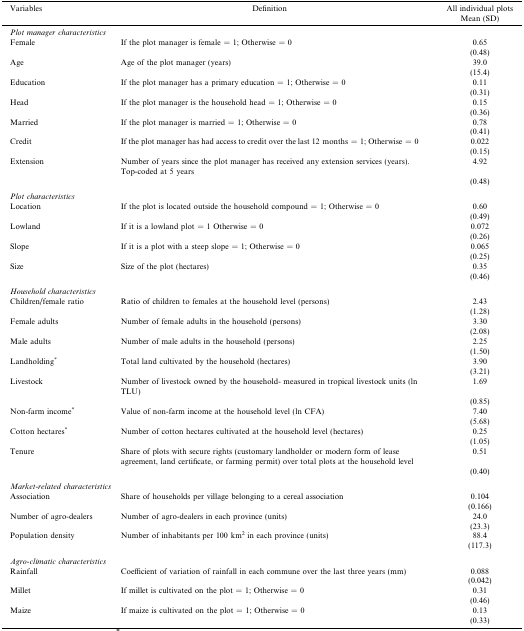
<table><thead><tr><td rowspan="2"><b>Variables</b></td><td rowspan="2"><b>Definition</b></td><td><b>All individual plots</b></td></tr><tr><td><b>Mean (SD)</b></td></tr></thead><tbody><tr><td colspan="3"><i>Plot manager characteristics</i></td></tr><tr><td>Female</td><td>If the plot manager is female = 1; Otherwise = 0</td><td>0.65</td></tr><tr><td></td><td></td><td>(0.48)</td></tr><tr><td>Age</td><td>Age of the plot manager (years)</td><td>39.0</td></tr><tr><td></td><td></td><td>(15.4)</td></tr><tr><td>Education</td><td>If the plot manager has a primary education = 1; Otherwise = 0</td><td>0.11</td></tr><tr><td></td><td></td><td>(0.31)</td></tr><tr><td>Head</td><td>If the plot manager is the household head = 1; Otherwise = 0</td><td>0.15</td></tr><tr><td></td><td></td><td>(0.36)</td></tr><tr><td>Married</td><td>If the plot manager is married = 1; Otherwise = 0</td><td>0.78</td></tr><tr><td></td><td></td><td>(0.41)</td></tr><tr><td>Credit</td><td>If the plot manager has had access to credit over the last 12 months = 1; Otherwise = 0</td><td>0.022</td></tr><tr><td></td><td></td><td>(0.15)</td></tr><tr><td>Extension</td><td>Number of years since the plot manager has received any extension services (years). Top-coded at 5 years</td><td>4.92</td></tr><tr><td></td><td></td><td>(0.48)</td></tr><tr><td colspan="3">  </td></tr><tr><td colspan="3"><i>Plot characteristics</i></td></tr><tr><td>Location</td><td>If the plot is located outside the household compound = 1; Otherwise = 0</td><td>0.60</td></tr><tr><td></td><td></td><td>(0.49)</td></tr><tr><td>Lowland</td><td>If it is a lowland plot = 1 Otherwise = 0</td><td>0.072</td></tr><tr><td></td><td></td><td>(0.26)</td></tr><tr><td>Slope</td><td>If it is a plot with a steep slope = 1; Otherwise = 0</td><td>0.065</td></tr><tr><td></td><td></td><td>(0.25)</td></tr><tr><td>Size</td><td>Size of the plot (hectares)</td><td>0.35</td></tr><tr><td></td><td></td><td>(0.46)</td></tr><tr><td colspan="3">  </td></tr><tr><td colspan="3"><i>Household characteristics</i></td></tr><tr><td>Children/female ratio</td><td>Ratio of children to females at the household level (persons)</td><td>2.43</td></tr><tr><td></td><td></td><td>(1.28)</td></tr><tr><td>Female adults</td><td>Number of female adults in the household (persons)</td><td>3.30</td></tr><tr><td></td><td></td><td>(2.08)</td></tr><tr><td>Male adults</td><td>Number of male adults in the household (persons)</td><td>2.25</td></tr><tr><td></td><td></td><td>(1.50)</td></tr><tr><td>Landholding<sup>∗</sup></td><td>Total land cultivated by the household (hectares)</td><td>3.90</td></tr><tr><td></td><td></td><td>(3.21)</td></tr><tr><td>Livestock</td><td>Number of livestock owned by the household- measured in tropical livestock units (ln TLU)</td><td>1.69</td></tr><tr><td></td><td></td><td>(0.85)</td></tr><tr><td>Non-farm income<sup>∗</sup></td><td>Value of non-farm income at the household level (ln CFA)</td><td>7.40</td></tr><tr><td></td><td></td><td>(5.68)</td></tr><tr><td>Cotton hectares<sup>∗</sup></td><td>Number of cotton hectares cultivated at the household level (hectares)</td><td>0.25</td></tr><tr><td></td><td></td><td>(1.05)</td></tr><tr><td>Tenure</td><td>Share of plots with secure rights (customary landholder or modern form of lease agreement, land certificate, or farming permit) over total plots at the household level</td><td>0.51</td></tr><tr><td></td><td></td><td>(0.40)</td></tr><tr><td colspan="3">  </td></tr><tr><td colspan="3"><i>Market-related characteristics</i></td></tr><tr><td>Association</td><td>Share of households per village belonging to a cereal association</td><td>0.104</td></tr><tr><td></td><td></td><td>(0.166)</td></tr><tr><td>Number of agro-dealers</td><td>Number of agro-dealers in each province (units)</td><td>24.0</td></tr><tr><td></td><td></td><td>(23.3)</td></tr><tr><td>Population density</td><td>Number of inhabitants per 100 km<sup>2</sup> in each province (units)</td><td>88.4</td></tr><tr><td></td><td></td><td>(117.3)</td></tr><tr><td colspan="3">  </td></tr><tr><td colspan="3"><i>Agro-climatic characteristics</i></td></tr><tr><td>Rainfall</td><td>Coefficient of variation of rainfall in each commune over the last three years (mm)</td><td>0.088</td></tr><tr><td></td><td></td><td>(0.042)</td></tr><tr><td>Millet</td><td>If millet is cultivated on the plot = 1; Otherwise = 0</td><td>0.31</td></tr><tr><td></td><td></td><td>(0.46)</td></tr><tr><td>Maize</td><td>If maize is cultivated on the plot = 1; Otherwise = 0</td><td>0.13</td></tr><tr><td></td><td></td><td>(0.33)</td></tr></tbody></table>